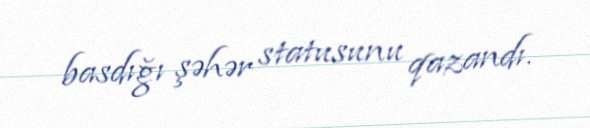
basdığı şəhər statusunu qazandı.